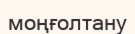
моңғолтану